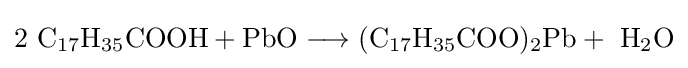
\mathrm {2\ C_{17}H_{35}COOH+PbO\longrightarrow (C_{17}H_{35}COO)_{2}Pb+\ H_{2}O}